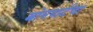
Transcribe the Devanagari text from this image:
बोनपार्टचा